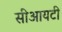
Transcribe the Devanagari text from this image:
सीआयटी